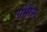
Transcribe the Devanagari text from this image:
गोरिस